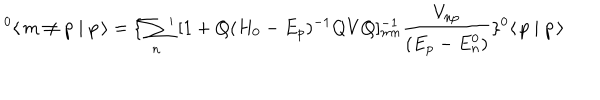
^ 0 \langle \, m \neq p \mid p \, \rangle = \{ \sum _ { n } \! ^ { \prime } \, [ 1 + Q ( H _ { 0 } - E _ { p } ) ^ { - 1 } Q V Q ] _ { m n } ^ { - 1 } \frac { V _ { n p } } { ( E _ { p } - E _ { n } ^ { 0 } ) } \} ^ { 0 } \langle \, p \mid p \, \rangle